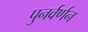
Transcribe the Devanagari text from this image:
पुनर्वर्णन